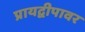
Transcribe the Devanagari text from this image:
प्रायद्वीपावर